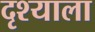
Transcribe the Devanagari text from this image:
दृश्याला